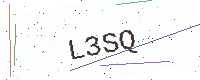
Text: L3SQ